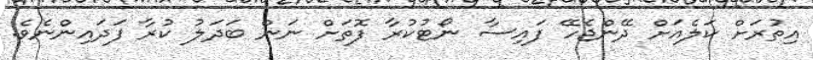
އިތުރަށް ކަލެއަށް ދޭންޖެހޭ ފައިސާ ނޯޓުކުރާ ފޮތަށް ނަން ބަދަލު ކުރާ ފަދައިންނެވެ.